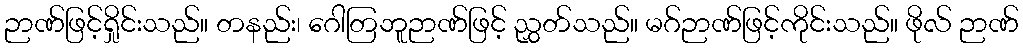
ဉာဏ်ဖြင့်ရှိုင်းသည်။ တနည်း၊ ဂေါတြဘူဉာဏ်ဖြင့် ညွှတ်သည်။ မဂ်ဉာဏ်ဖြင့်ကိုင်းသည်။ ဖိုလ် ဉာဏ်